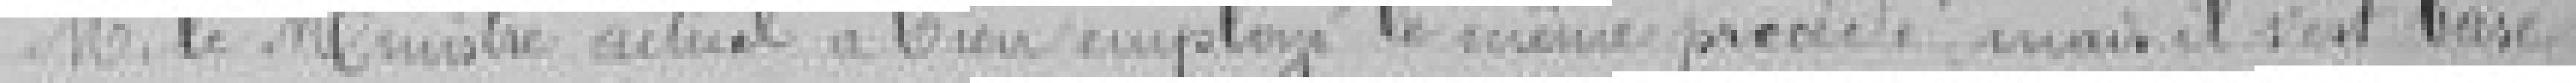
Monsieur le Ministre actuel a bien employé le même procédé mais il s'est basé